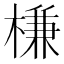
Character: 槏